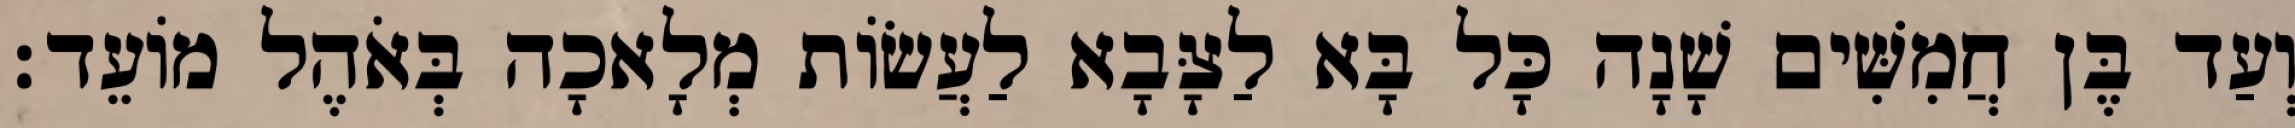
וְעַד בֶּן חֲמִשִּׁים שָׁנָה כָּל בָּא לַצָּבָא לַעֲשׂוֹת מְלָאכָה בְּאֹהֶל מוֹעֵד׃